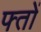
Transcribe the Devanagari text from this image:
फ्तों